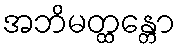
အဘိမတ္ထန္တော